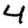
Digit: 4